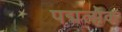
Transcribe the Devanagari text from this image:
पद्मलोक